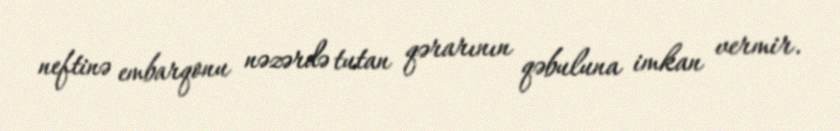
neftinə embarqonu nəzərdə tutan qərarının qəbuluna imkan vermir.